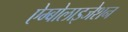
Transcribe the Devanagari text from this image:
ऐम्बोलाइजेशन